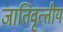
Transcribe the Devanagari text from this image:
जातिवृत्‍तीय